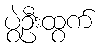
ပွဲဦးထွက်